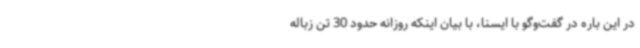
در این باره در گفت‌وگو با ایسنا، با بیان اینکه روزانه حدود 30 تن زباله